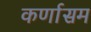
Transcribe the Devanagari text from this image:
कर्णासम